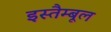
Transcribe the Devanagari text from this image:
इस्तैम्बूल